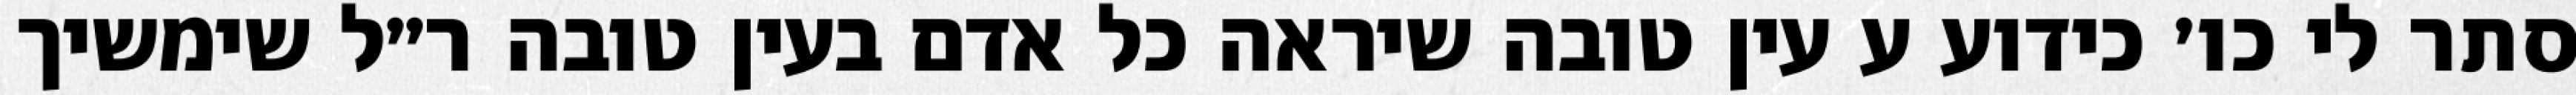
סתר לי כו׳ כידוע ע עין טובה שיראה כל אדם בעין טובה ר״ל שימשיך